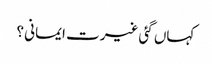
کہاں گئی غیرت ایمانی ؟